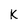
Character: K